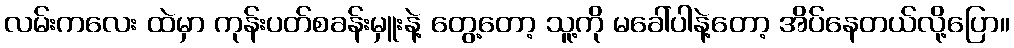
လမ်းကလေး ထဲမှာ ကုန်းပတ်စခန်းမှူးနဲ့ တွေ့တော့ သူ့ကို မခေါ်ပါနဲ့တော့ အိပ်နေတယ်လို့ပြော။